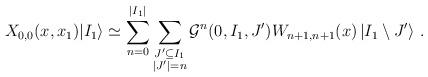
LaTeX: \begin{align*}X_{0,0}(x,x_{1}) |I_1\rangle\simeq \sum_{n=0}^{|I_1|}\sum_{\substack{J' \subseteq I_1\\|{J'}|=n}}\mathcal{G}^{n}(0,I_1,{J'})W_{n+1,n+1}(x)\left|I_1\setminus {J'}\right\rangle \,.\end{align*}